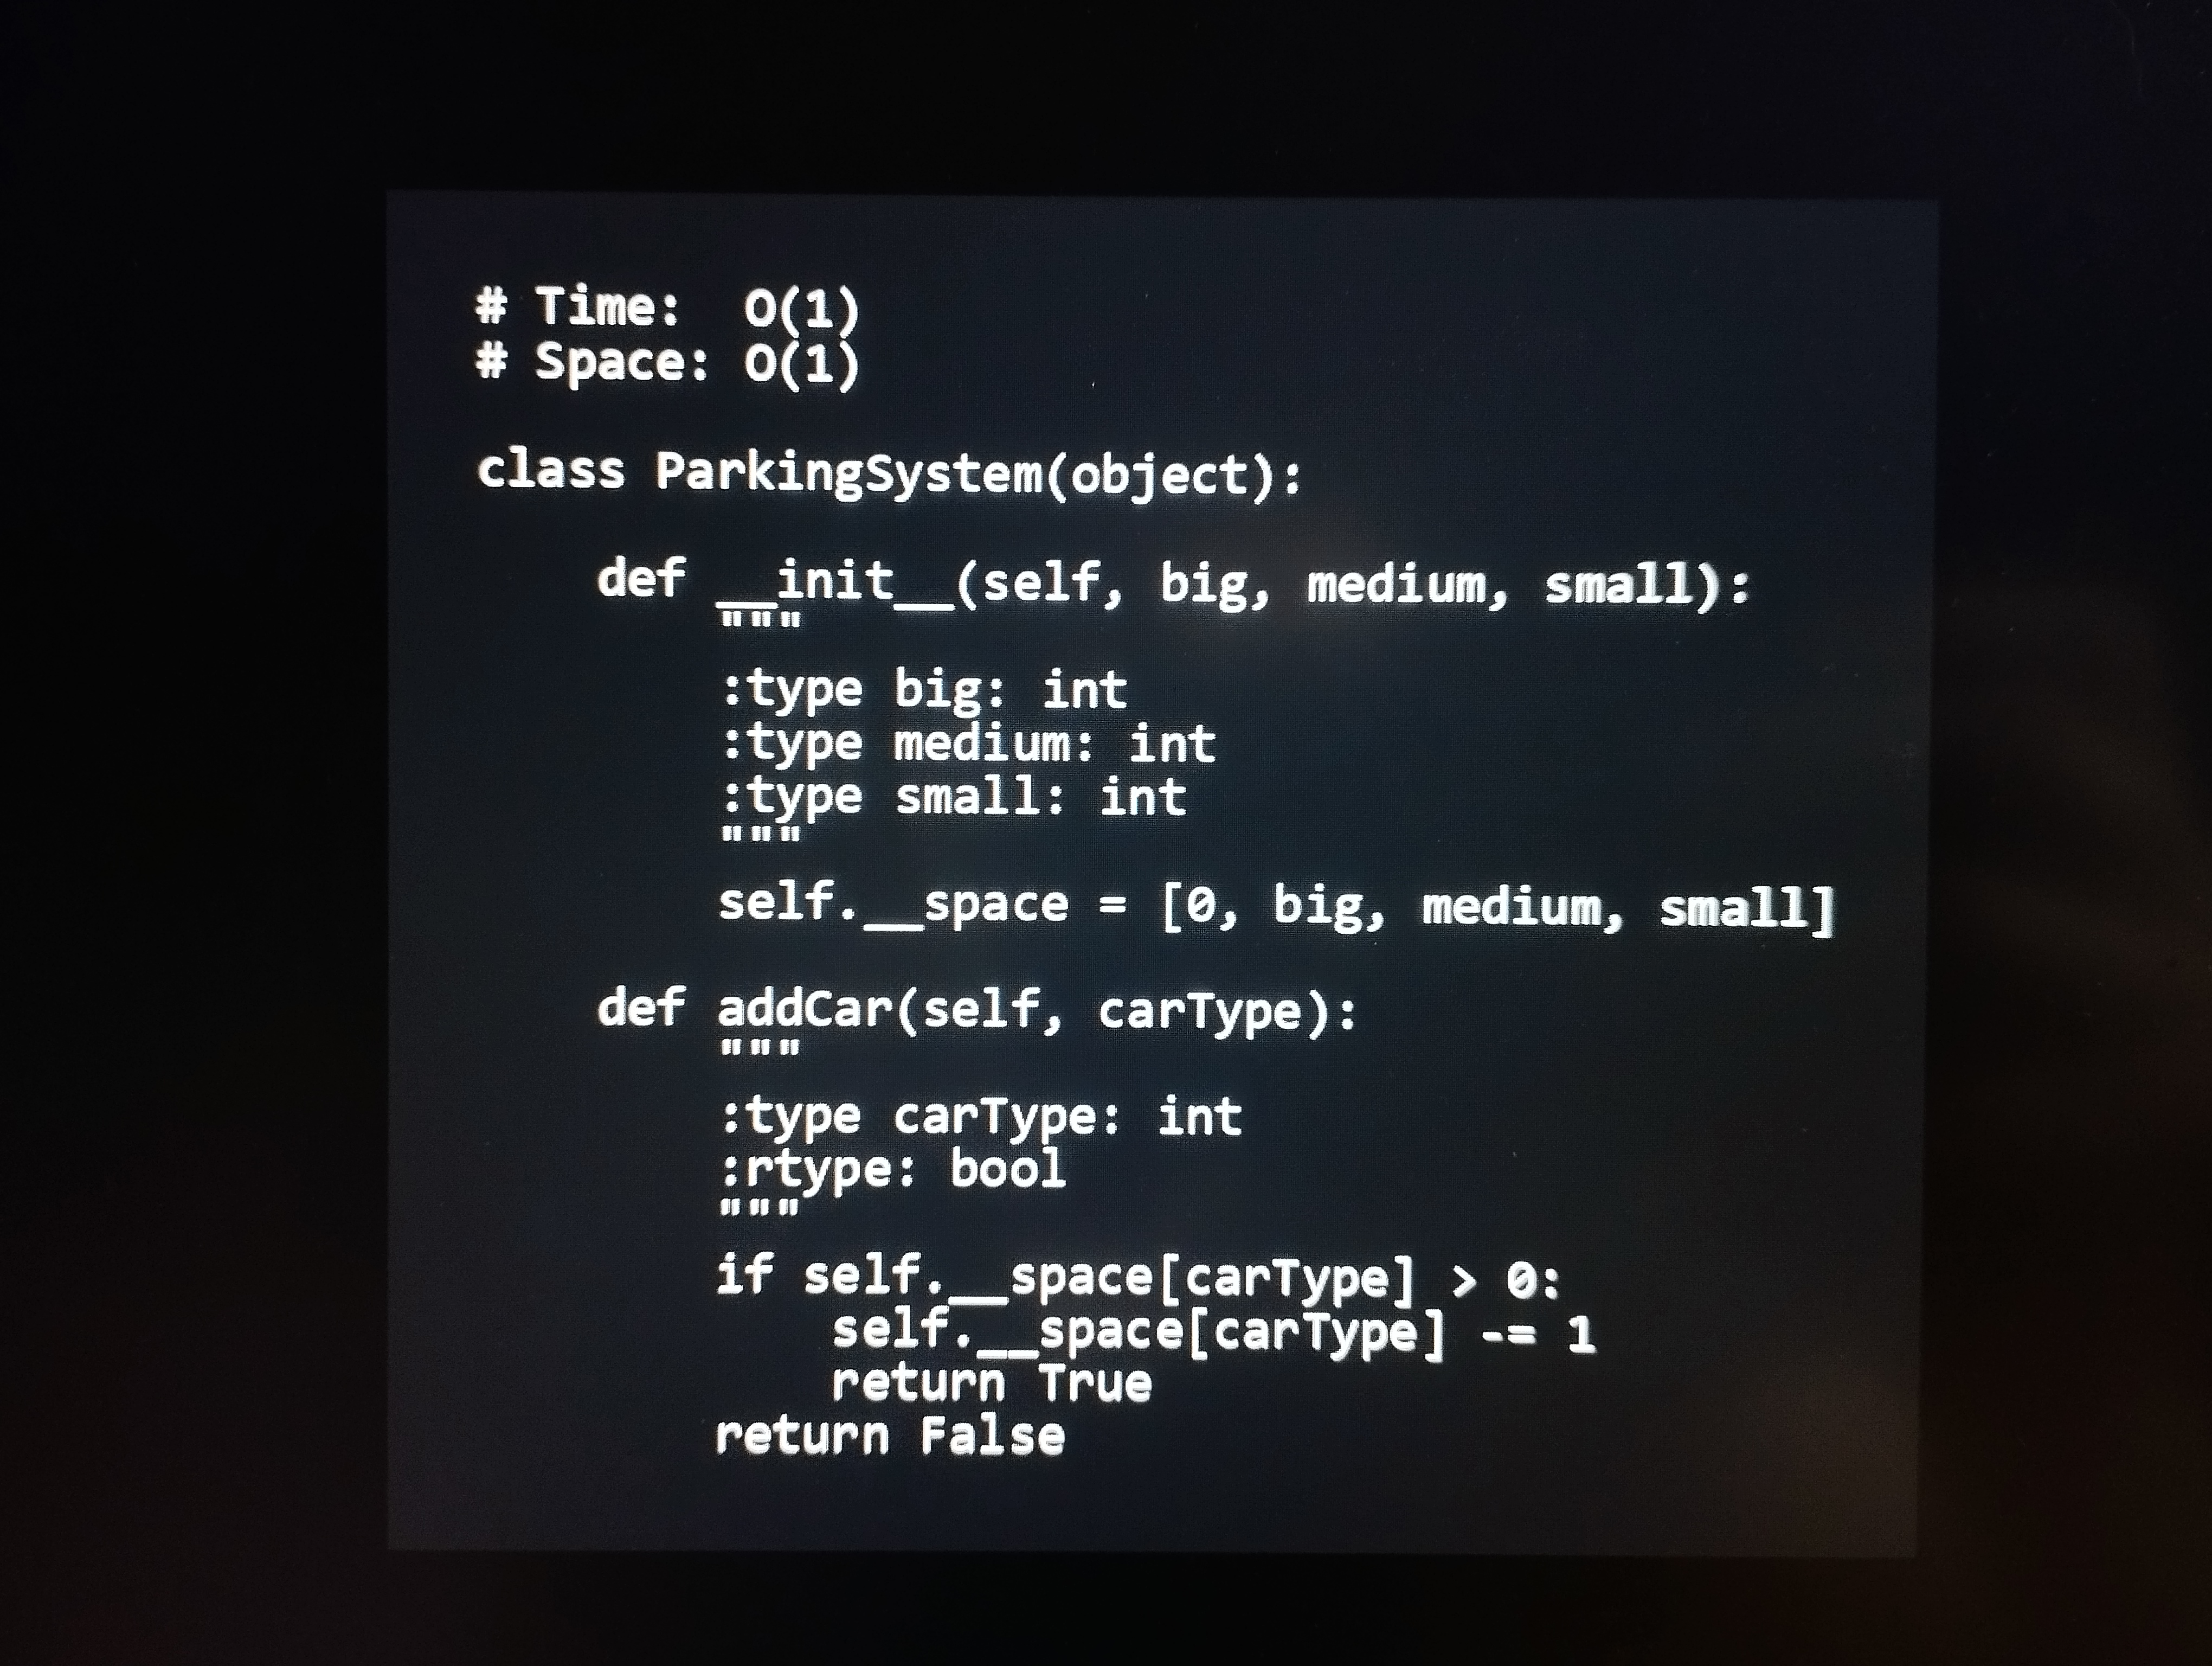
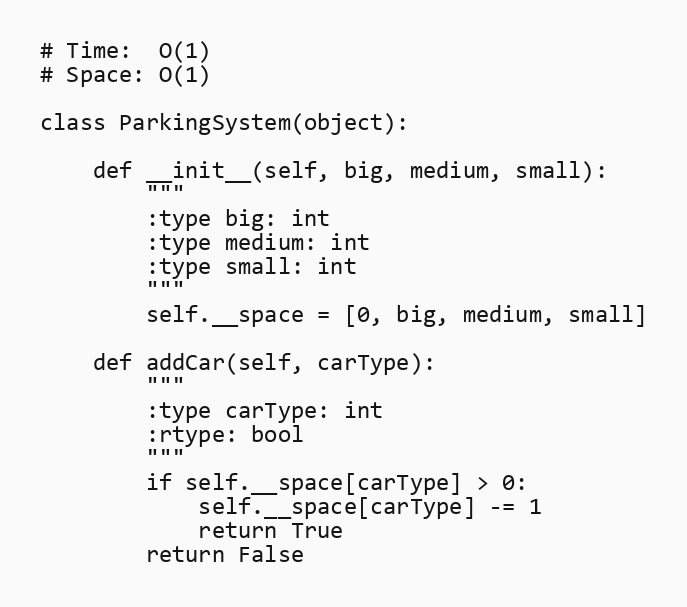
# Time:  O(1)
# Space: O(1)

class ParkingSystem(object):

    def __init__(self, big, medium, small):
        """
        :type big: int
        :type medium: int
        :type small: int
        """
        self.__space = [0, big, medium, small]

    def addCar(self, carType):
        """
        :type carType: int
        :rtype: bool
        """
        if self.__space[carType] > 0:
            self.__space[carType] -= 1
            return True
        return False